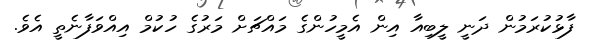
ފާޅުކުރަމުން ދަނީ ލީބިއާ އިން އެމީހުންގެ މައްޗަށް މަރުގެ ހުކުމް އިއްވަފާނެތީ އެވެ.